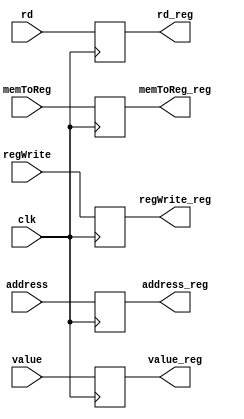
module mem_wb_register (
    input clk,
    input [63:0] address,
    input [63:0] value,
    input [4:0] rd,
    input memToReg,
    input regWrite,

    output reg [63:0] address_reg,
    output reg [63:0] value_reg,
    output reg [4:0] rd_reg,
    output reg memToReg_reg,
    output reg regWrite_reg
);

    initial begin
        address_reg = 0;
        value_reg = 0;
        rd_reg = 0;
        memToReg_reg = 0;
        regWrite_reg = 0;
    end
    
    always @(posedge clk) begin
        address_reg <= address;
        value_reg <= value;
        rd_reg <= rd;
        memToReg_reg <= memToReg;
        regWrite_reg <= regWrite;
    end
endmodule